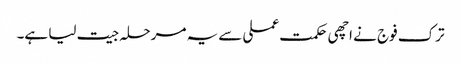
ترک فوج نے اچھی حکمت عملی سے یہ مرحلہ جیت لیا ہے۔